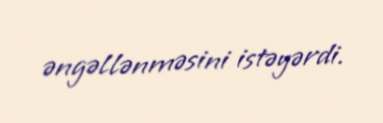
əngəllənməsini istəyərdi.